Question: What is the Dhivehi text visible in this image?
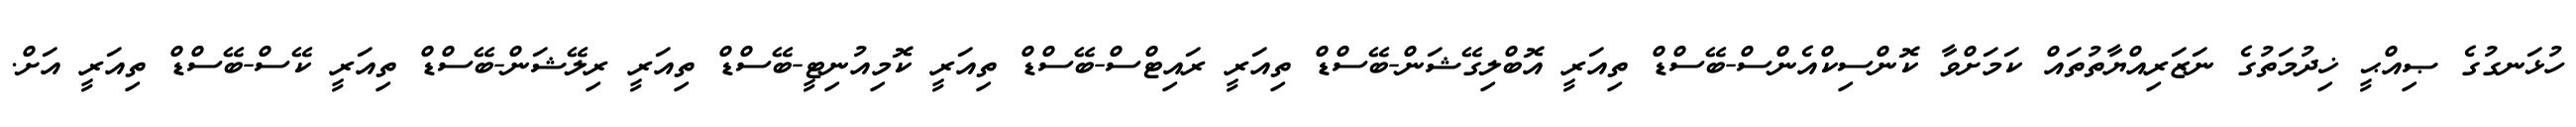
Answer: ހުޅަނގުގެ ޞިއްޙީ ޚިދުމަތުގެ ނަޒަރިއްޔާތުތައް ކަމަށްވާ ކޮންސިކްއެންސް-ބޭސްޑް ތިއަރީ އޮބްލިގޭޝަން-ބޭސްޑް ތިއަރީ ރައިޓްސް-ބޭސްޑް ތިއަރީ ކޮމިއުނިޓީ-ބޭސްޑް ތިއަރީ ރިލޭޝަން-ބޭސްޑް ތިއަރީ ކޭސް-ބޭސްޑް ތިއަރީ އަށް.